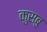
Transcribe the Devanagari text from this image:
कुसबु